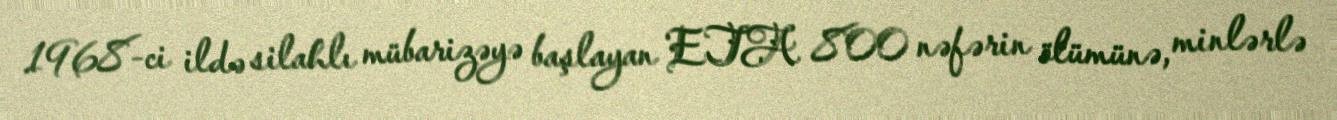
1968-ci ildə silahlı mübarizəyə başlayan ETA 800 nəfərin ölümünə, minlərlə